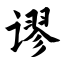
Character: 谬